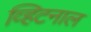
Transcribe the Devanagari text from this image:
व्हिटनाल